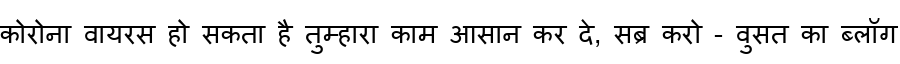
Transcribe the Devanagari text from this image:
कोरोना वायरस हो सकता है तुम्हारा काम आसान कर दे, सब्र करो - वुसत का ब्लॉग